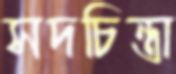
সদচিন্তা